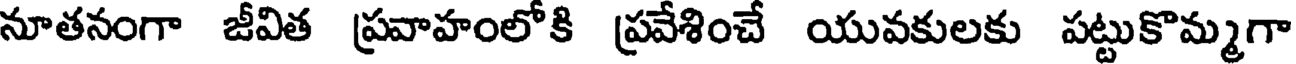
నూతనంగా జీవిత ప్రవాహంలోకి ప్రవేశించే యువకులకు పట్టుకొమ్మగా